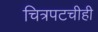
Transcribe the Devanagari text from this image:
चित्रपटचीही